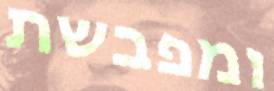
ומפבשת